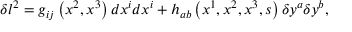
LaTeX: \delta l ^ { 2 } = g _ { i j } \left( x ^ { 2 } , x ^ { 3 } \right) d x ^ { i } d x ^ { i } + h _ { a b } \left( x ^ { 1 } , x ^ { 2 } , x ^ { 3 } , s \right) \delta y ^ { a } \delta y ^ { b } ,